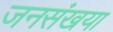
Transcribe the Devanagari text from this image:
जनसंखया